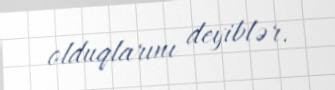
olduqlarını deyiblər.